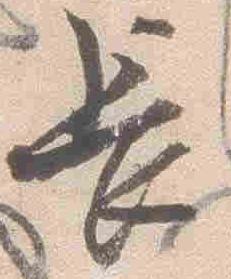
長